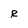
Character: R